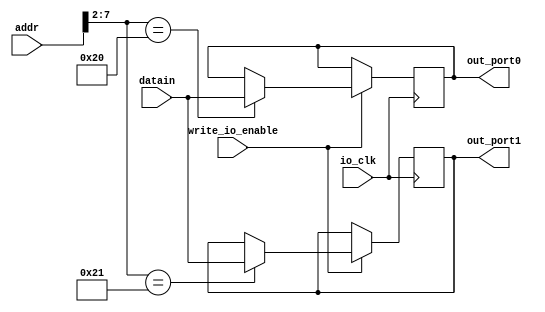
module io_output_reg(addr,datain,write_io_enable,io_clk,out_port0,out_port1);
	input 	[31:0] 	addr,datain;
	input 			write_io_enable,io_clk;
	output 	[31:0]	out_port0,out_port1;
	
	reg 	[31:0]	out_port0;
	reg	[31:0]	out_port1;
	
	always @ (posedge io_clk)
	begin
		if (write_io_enable == 1)
			case (addr[7:2])
				6'b100000: out_port0 = datain;
				6'b100001: out_port1 = datain;
			endcase
	end
endmodule